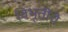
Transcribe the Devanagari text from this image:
विभूतींचे